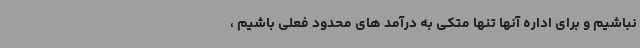
نباشیم و برای اداره آنها تنها متکی به درآمد های محدود فعلی باشیم ،